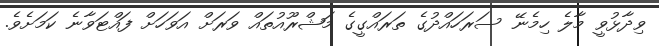
ވިދާޅުވީ މާލެ ހިމެނޭ ސަރަހައްދުގެ ތަރައްގީގެ މަޝްރޫއުތައް ވަރަށް އަވަހަށް ފައްޓަވާނެ ކަމަށެވެ.